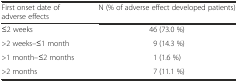
<table><thead><tr><td><b>First onset date of adverse effects</b></td><td><b>N (% of adverse effect developed patients)</b></td></tr></thead><tbody><tr><td>≤2 weeks</td><td>46 (73.0 %)</td></tr><tr><td>&gt;2 weeks–≤1 month</td><td>9 (14.3 %)</td></tr><tr><td>&gt;1 month–≤2 months</td><td>1 (1.6 %)</td></tr><tr><td>&gt;2 months</td><td>7 (11.1 %)</td></tr></tbody></table>